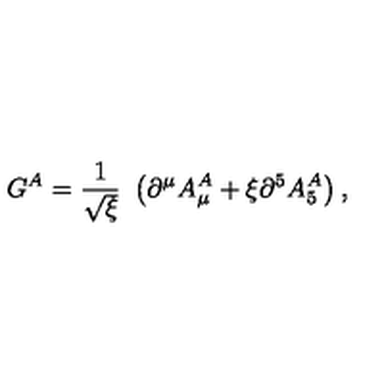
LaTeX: G ^ { A } = \frac { 1 } { \sqrt { \xi } } \ \left( \partial ^ { \mu } A _ { \mu } ^ { A } + \xi \partial ^ { 5 } A _ { 5 } ^ { A } \right) ,